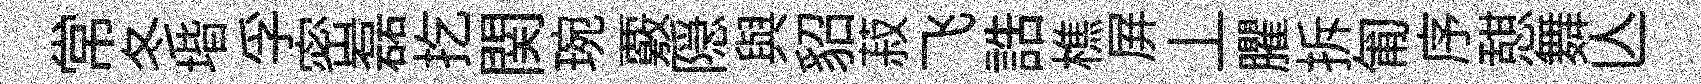
常冬堦孚密磊扢関琬覈隠與貂菽飞誥樵屛丄臞拆匍序憇舞亾